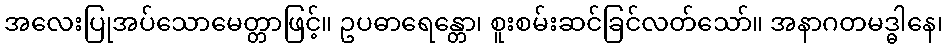
အလေးပြုအပ်သောမေတ္တာဖြင့်။ ဥပဓာရေန္တော၊ စူးစမ်းဆင်ခြင်လတ်သော်။ အနာဂတမဒ္ဓါနေ၊